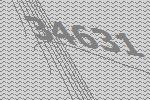
34631